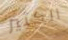
الكثير